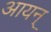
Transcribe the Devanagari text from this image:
आयन्